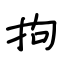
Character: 拘